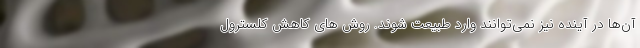
آن‌ها در آینده نیز نمی‌توانند وارد طبیعت شوند. روش های کاهش کلسترول